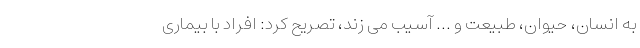
به انسان، حیوان، طبیعت و ... آسیب می زند، تصریح کرد: افراد با بیماری